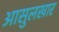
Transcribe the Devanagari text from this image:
आसुलखार